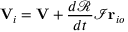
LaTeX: \mathbf { V } _ { i } = \mathbf { V } + { \frac { d { \mathcal { R } } } { d t } } { \mathcal { I } } \mathbf { r } _ { i o }